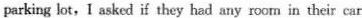
parking lot, I asked if they had any room in their car